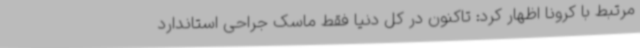
مرتبط با کرونا اظهار کرد: تاکنون در کل دنیا فقط ماسک جراحی استاندارد